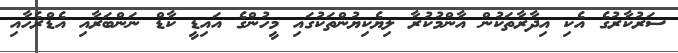
ސަރުކާރުގެ އެކި އިދާރާތަކުން އާންމުކުރާ ލިޔެކިޔުންތަކުގައި މީހުންގެ އައިޑީ ކާޑް ނަންބަރާއި އެޑްރެހާއި